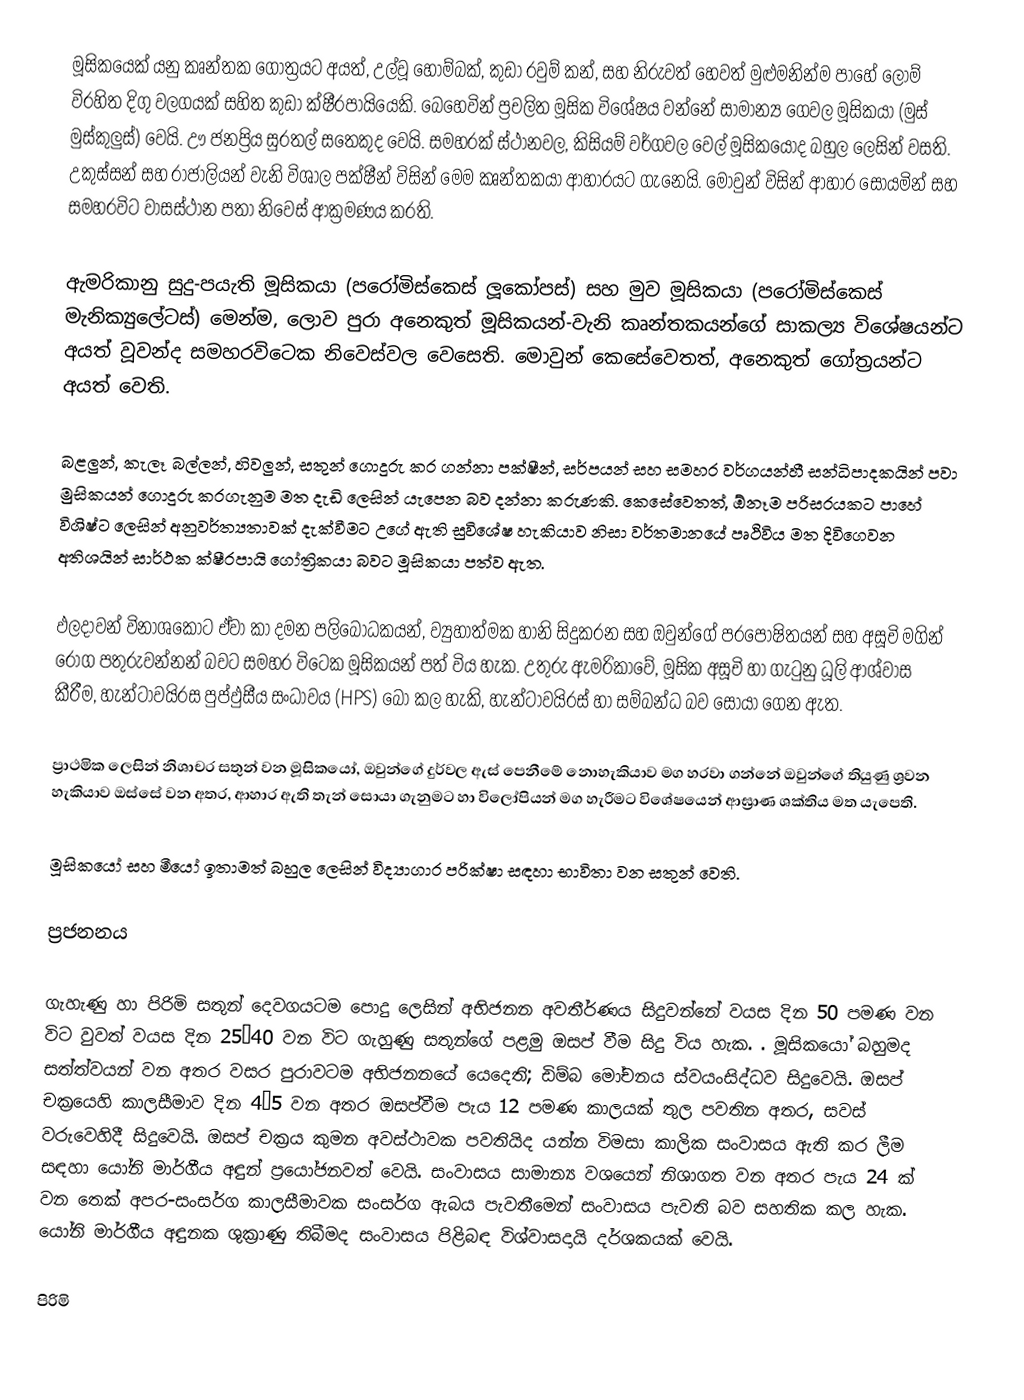
මූසිකයෙක් යනු  කෘන්තක ගෝත්‍රයට අයත්, උල්වූ හොම්බක්, කුඩා රවුම් කන්, සහ නිරුවත් හෙවත් මුළුමනින්ම පාහේ ලොම් විරහිත දිගු වලගයක් සහිත  කුඩා  ක්ෂීරපායියෙකි. බෙහෙවින් ප්‍රචලිත මූසික විශේෂය වන්නේ සාමාන්‍ය ගෙවල මූසිකයා (මුස් මුස්කුලුස්) වෙයි.  ඌ ජනප්‍රිය සුරතල් සතෙකුද වෙයි. සමහරක් ස්ථානවල, කිසියම් වර්ගවල වෙල් මූසිකයෝද බහුල ලෙසින් වසති. උකුස්සන් සහ රාජාලියන් වැනි විශාල පක්ෂීන් විසින් මෙම කෘන්තකයා ආහාරයට ගැනෙයි. මොවුන් විසින් ආහාර සොයමින් සහ සමහරවිට වාසස්ථාන පතා නිවෙස් ආක්‍රමණය කරති.

ඇමරිකානු සුදු-පයැති මූසිකයා (පරෝමිස්කෙස් ලූකෝපස්) සහ  මුව මූසිකයා (පරෝමිස්කෙස් මැනික්‍යුලේටස්) මෙන්ම, ලොව පුරා අනෙකුත් මූසිකයන්-වැනි කෘන්තකයන්ගේ සාකල්‍ය විශේෂයන්ට අයත් වූවන්ද සමහරවිටෙක නිවෙස්වල වෙසෙති. මොවුන් කෙසේවෙතත්, අනෙකුත් ගෝත්‍රයන්ට අයත් වෙති.

බළලුන්, කැලෑ බල්ලන්, හිවලුන්, සතුන් ගොදුරු කර ගන්නා පක්ෂීන්, සර්පයන් සහ  සමහර වර්ගයන්හී සන්ධිපාදකයින් පවා මුසිකයන් ගොදුරු කරගැනුම මත දැඩි ලෙසින් යැපෙන බව  දන්නා කරුණකි. කෙසේවෙතත්,  ඕනෑම පරිසරයකට පාහේ විශිෂ්ට ලෙසින් අනුවර්ත්‍යතාවක් දැක්වීමට උගේ ඇති සුවිශේෂ හැකියාව නිසා වර්තමානයේ  පෘථිවිය මත දිවිගෙවන අතිශයින් සාර්ථක ක්ෂීරපායි ගෝත්‍රිකයා බවට මූසිකයා පත්ව ඇත.

ඵලදාවන් විනාශකොට ඒවා කා දමන පලිබෝධකයන්, ව්‍යුහාත්මක හානි සිදුකරන සහ ඔවුන්ගේ පරපෝෂිතයන් සහ  අසූචි මගින් රෝග පතුරුවන්නන් බවට සමහර විටෙක මූසිකයන් පත් විය හැක. උතුරු ඇමරිකාවේ, මූසික අසූචි හා ගැටුනු ධූලි ආශ්වාස කීරීම,  හැන්ටාවයිරස පුප්ඵුසීය සංධාවය (HPS) බෝ කල හැකි, හැන්ටාවයිරස් හා සම්බන්ධ බව සොයා ගෙන ඇත.

ප්‍රාථමික ලෙසින් නිශාචර සතුන් වන මූසිකයෝ, ඔවුන්ගේ දුර්වල ඇස් පෙනීමේ නොහැකියාව මග හරවා ගන්නේ  ඔවුන්ගේ තියුණු ශ්‍රවන හැකියාව ඔස්සේ වන අතර, ආහාර ඇති තැන් සොයා ගැනුමට හා විලෝපියන් මග හැරීමට විශේෂයෙන් ආඝ්‍රාණ ශක්තිය මත යැපෙති.

මූසිකයෝ සහ මීයෝ ඉතාමත් බහුල ලෙසින් විද්‍යාගාර පරික්ෂා සඳහා භාවිතා වන සතුන් වෙති.

ප්‍රජනනය

ගැහැණු හා පිරිමි සතුන් දෙවගයටම පොදු ලෙසින් අභිජනන අවතීර්ණය සිදුවන්නේ වයස දින  50 පමණ වන විට වුවත් වයස දින  25–40 වන විට ගැහුණු සතුන්ගේ පළමු  ඔසප් වීම සිදු විය හැක. . මූසිකයෝ බහුමද සත්ත්වයන් වන අතර වසර පුරාවටම අභිජනනයේ යෙදෙති; ඩිම්බ මෝචනය ස්වයංසිද්ධව සිදුවෙයි. ඔසප් චක්‍රයෙහි කාලසීමාව දින  4–5 වන අතර ඔසප්වීම පැය 12 පමණ කාලයක් තුල පවතින අතර, සවස් වරුවෙහිදී සිදුවෙයි. ඔසප් චක්‍රය කුමන අවස්ථාවක පවතියිද යන්න විමසා කාලික සංවාසය ඇති කර  ලීම සඳහා යෝනි මාර්ගීය අඳුන් ප්‍රයෝජනවත් වෙයි. සංවාසය සාමාන්‍ය වශයෙන් නිශාගත වන අතර පැය 24 ක් වන තෙක් අපර-සංසර්ග කාලසීමාවක  සංසර්ග ඇබය පැවතීමෙන් සංවාසය පැවති බව සහතික කල හැක. යෝනි මාර්ගීය අඳුනක ශුක්‍රාණු තිබීමද සංවාසය පිළිබඳ විශ්වාසදායි  දර්ශකයක් වෙයි.

පිරිමි